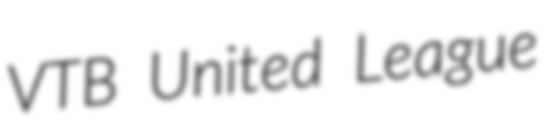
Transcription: VTB United League